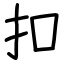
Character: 扣